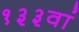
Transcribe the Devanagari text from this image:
१३३वां